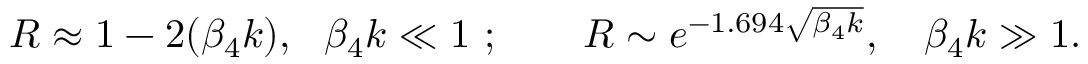
R \approx 1 - 2 ( \beta _ { 4 } k ) , \ \ \beta _ { 4 } k \ll 1 \ ; \ \ \ \ \ \ R \sim e ^ { - 1 . 6 9 4 \sqrt { \beta _ { 4 } k } } , \ \ \ \beta _ { 4 } k \gg 1 .